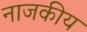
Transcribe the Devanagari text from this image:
नाजकीय